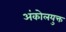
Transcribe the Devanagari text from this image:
अंकोलयुक्त